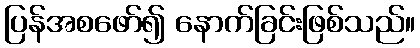
ပြန်အစဖော်၍ နောက်ခြင်းဖြစ်သည်။